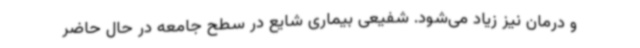
و درمان نیز زیاد می‌شود. شفیعی بیماری شایع در سطح جامعه در حال حاضر